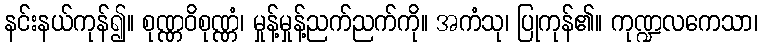
နင်းနယ်ကုန်၍။ စုဏ္ဏဝိစုဏ္ဏံ၊ မှုန့်မှုန့်ညက်ညက်ကို။ အကံသု၊ ပြုကုန်၏။ ကုဏ္ဍလကေသာ၊